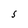
Character: S